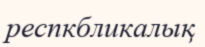
респкбликалық